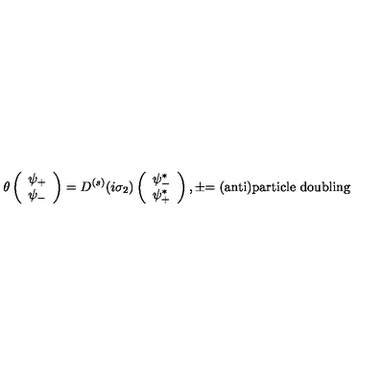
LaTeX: \theta \left( \begin{array} { c } { \psi _ { + } } \\ { \psi _ { - } } \\ \end{array} \right) = D ^ { ( s ) } ( i \sigma _ { 2 } ) \left( \begin{array} { c } { \psi _ { - } ^ { * } } \\ { \psi _ { + } ^ { * } } \\ \end{array} \right) , \pm \mathrm { = ( a n t i ) p a r t i c l e \thinspace \thinspace d o u b l i n g }